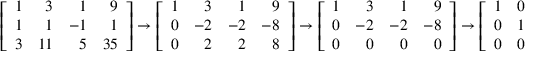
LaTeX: \left[ { \begin{array} { r r r r } { 1 } & { 3 } & { 1 } & { 9 } \\ { 1 } & { 1 } & { - 1 } & { 1 } \\ { 3 } & { 1 1 } & { 5 } & { 3 5 } \end{array} } \right] \to \left[ { \begin{array} { r r r r } { 1 } & { 3 } & { 1 } & { 9 } \\ { 0 } & { - 2 } & { - 2 } & { - 8 } \\ { 0 } & { 2 } & { 2 } & { 8 } \end{array} } \right] \to \left[ { \begin{array} { r r r r } { 1 } & { 3 } & { 1 } & { 9 } \\ { 0 } & { - 2 } & { - 2 } & { - 8 } \\ { 0 } & { 0 } & { 0 } & { 0 } \end{array} } \right] \to \left[ { \begin{array} { r r r r } { 1 } & { 0 } & { - 2 } & { - 3 } \\ { 0 } & { 1 } & { 1 } & { 4 } \\ { 0 } & { 0 } & { 0 } & { 0 } \end{array} } \right]